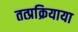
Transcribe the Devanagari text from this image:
तत्प्रक्रियाया